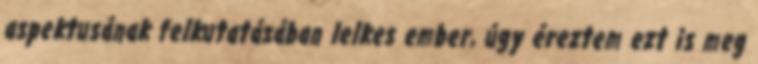
aspektusának felkutatásában lelkes ember, úgy éreztem ezt is meg